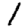
Digit: 1